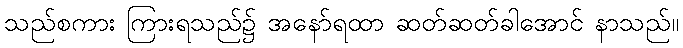
သည်စကား ကြားရသည်၌ အနော်ရထာ ဆတ်ဆတ်ခါအောင် နာသည်။